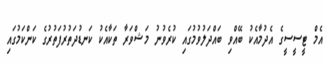
އެމް ޓީސީސީގެ އެދުމާއެކު ބޭއްވި ބައްދަލުވުމުގައި ކުރެވުނު މަޝްވަރާ ތަކާއެކު ކަނޑުދަތުރުފަތުރުގެ ކަންކަމުގައި